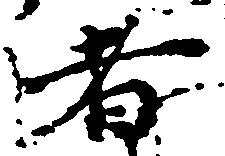
者